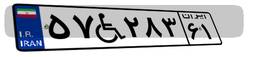
۵۷W۲۸۳۶۱